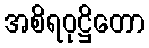
အစိရဝုဋ္ဌိတော